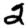
Digit: 2